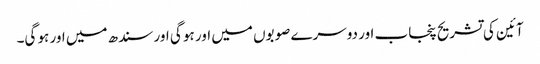
آئین کی تشریح پنجاب اور دوسرے صوبوں میں اور ہو گی اور سندھ میں اور ہو گی۔